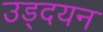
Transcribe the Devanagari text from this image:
उड्दयन